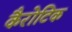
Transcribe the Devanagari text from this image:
कैरोटिक